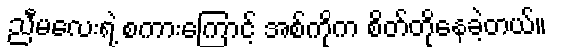
ညီမလေးရဲ့ စကားကြောင့် အစ်ကိုက စိတ်တိုနေခဲ့တယ်။